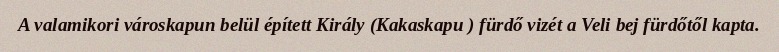
A valamikori városkapun belül épített Király (Kakaskapu ) fürdő vizét a Veli bej fürdőtől kapta.